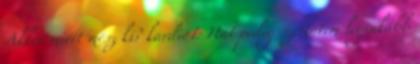
Akkor miért mész ki? kardio1: Hát pedig szerintem leginkább